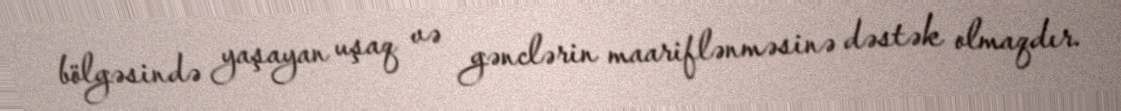
bölgəsində yaşayan uşaq və gənclərin maariflənməsinə dəstək olmaqdır.